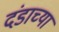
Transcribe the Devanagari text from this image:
दंडाच्या